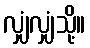
လျှံလျှံသို့။